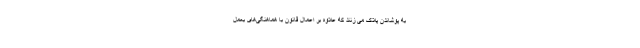
به پوشاندن پلاک می زنند که علاوه بر اعمال قانون با هماهنگی‌های بعمل